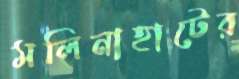
মলিনাহাটের